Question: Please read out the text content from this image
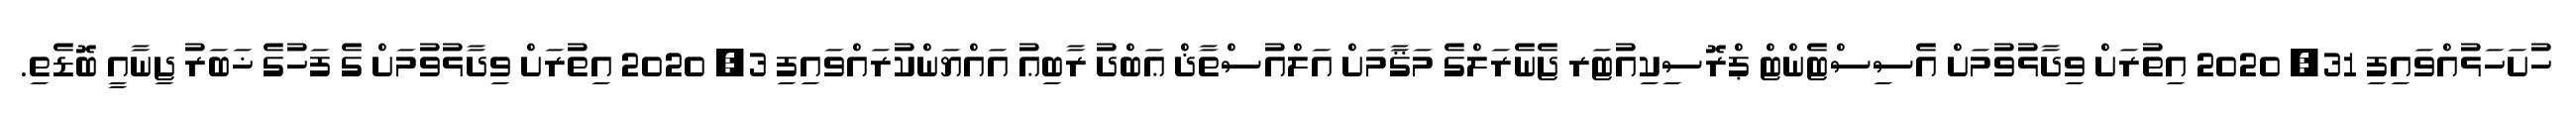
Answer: ހުށަހަޅުއްވައިފި 31, 2020 އިތުރަށް ވިދާޅުވުމަށް އެސިސްޓެންޓް ޕްރޮސިކިއުޓަރ ޖެނެރަލްގެ މަޤާމަށް އަލްއުސްތާޛް ޢަބްދު ރާބިޢު އައްޔަންކުރައްވައިފި 3, 2020 އިތުރަށް ވިދާޅުވުމަށް ގެ ފަހުގެ ޚަބަރު ޖިނާއީ ބޮޑެތި.